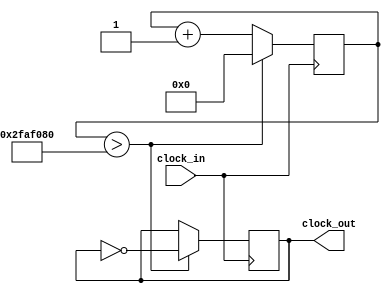
`timescale 1ns / 1ps
//////////////////////////////////////////////////////////////////////////////////
// Company: 
// Engineer: 
// 
// Design Name: 
// Module Name: Blinky
// Project Name: 
// Target Devices: 
// Tool Versions: 
// Description: 
// 
// Dependencies: 
// 
// Revision:
// Revision 0.01 - File Created
// Additional Comments:
// 
//////////////////////////////////////////////////////////////////////////////////

module Blinky_1Hz(clock_in, clock_out);
 input clock_in; // System clock
 output clock_out; // Low-frequency clock
 reg [31:0] counter_out; // register for storing values
 reg clock_out; // register buffer for output port

 initial begin
    counter_out<=32'h00000000; // 0 in Hexadecimal format
    clock_out<=0;
 end
 
 //this always block runs on the fast 100MHz clock
 always @(posedge clock_in)
 begin
    counter_out<=counter_out + 32'h0000001; // Adding one at every clock pulse
    if (counter_out>32'h2FAF080) // If count value reaches to 50000000 
    begin
    
        counter_out<=32'h00000000; // reset the counter
        clock_out <= ~clock_out; // and invert the clock pulse level
    end
 end
 
 endmodule